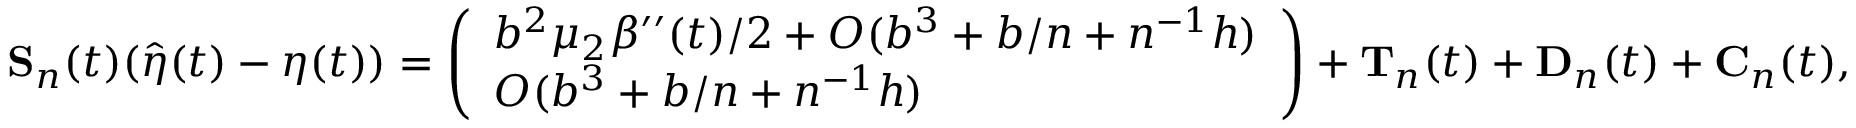
\begin{array} { r } { \mathbf S _ { n } ( t ) ( \hat { \boldsymbol \eta } ( t ) - \boldsymbol \eta ( t ) ) = \left( \begin{array} { l } { b ^ { 2 } \mu _ { 2 } \beta ^ { \prime \prime } ( t ) / 2 + O ( b ^ { 3 } + b / n + n ^ { - 1 } h ) } \\ { O ( b ^ { 3 } + b / n + n ^ { - 1 } h ) } \end{array} \right) + \mathbf T _ { n } ( t ) + \mathbf D _ { n } ( t ) + \mathbf C _ { n } ( t ) , } \end{array}